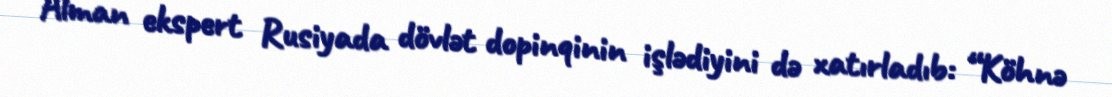
Alman ekspert Rusiyada dövlət dopinqinin işlədiyini də xatırladıb: “Köhnə